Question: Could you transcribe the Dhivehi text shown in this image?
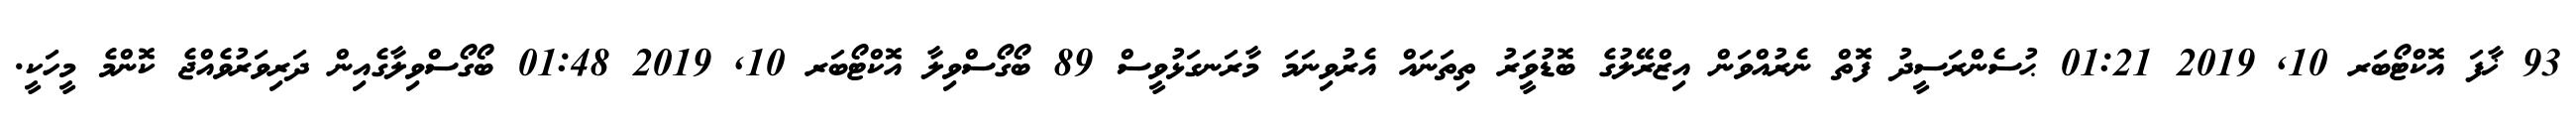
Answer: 93 ޚާފަ އޮކްޓޯބަރ 10, 2019 01:21 ޙުސެންރަސީދު ފޮތް ނެރުއްވަން އިޒްރޭލުގެ ބޮޑުވަީރު ތިތަނައް އެރުވިނަމަ މާރަނގަޅުވީސް 89 ބޯގޯސްވިލާ އޮކްޓޯބަރ 10, 2019 01:48 ބޯގޯސްވިލާގެއިން ދަރިވަރުވެއްޖެ ކޮންމެ މީހަކީ.